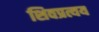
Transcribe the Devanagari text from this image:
शिवप्रत्यय